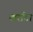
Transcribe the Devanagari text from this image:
खर्राटा